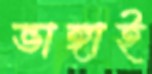
ভাঙ্গাই